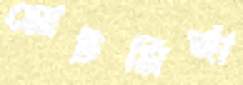
মোটমির্জা